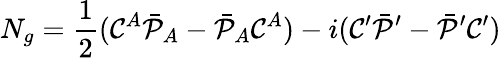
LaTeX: N_{g}={\frac{1}{2}}({\cal C}^{A}\bar{\cal P}_{A}-\bar{\cal P}_{A}{\cal C}^{A})-i({\cal C}^{\prime}\bar{\cal P}^{\prime}-\bar{\cal P}^{\prime}{\cal C}^{\prime})